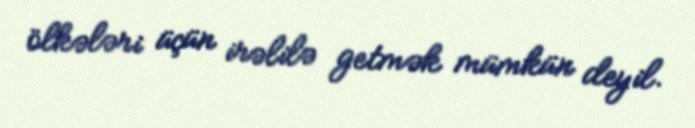
ölkələri üçün irəlilə getmək mümkün deyil.